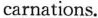
carnations.